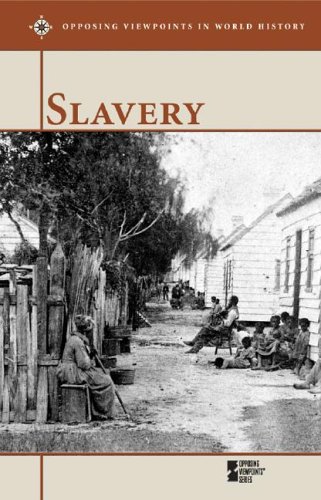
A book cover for Opposing Viewpoints in World History - Slavery (hardcover edition); Teen & Young Adult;